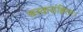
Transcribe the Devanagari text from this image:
चरकसंहिता।